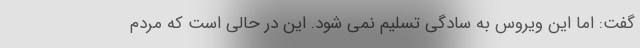
گفت: اما این ویروس به سادگی تسلیم نمی شود. این در حالی است که مردم